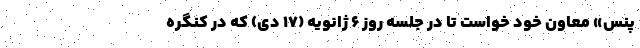
پنس» معاون خود خواست تا در جلسه روز ۶ ژانویه (۱۷ دی) که در کنگره